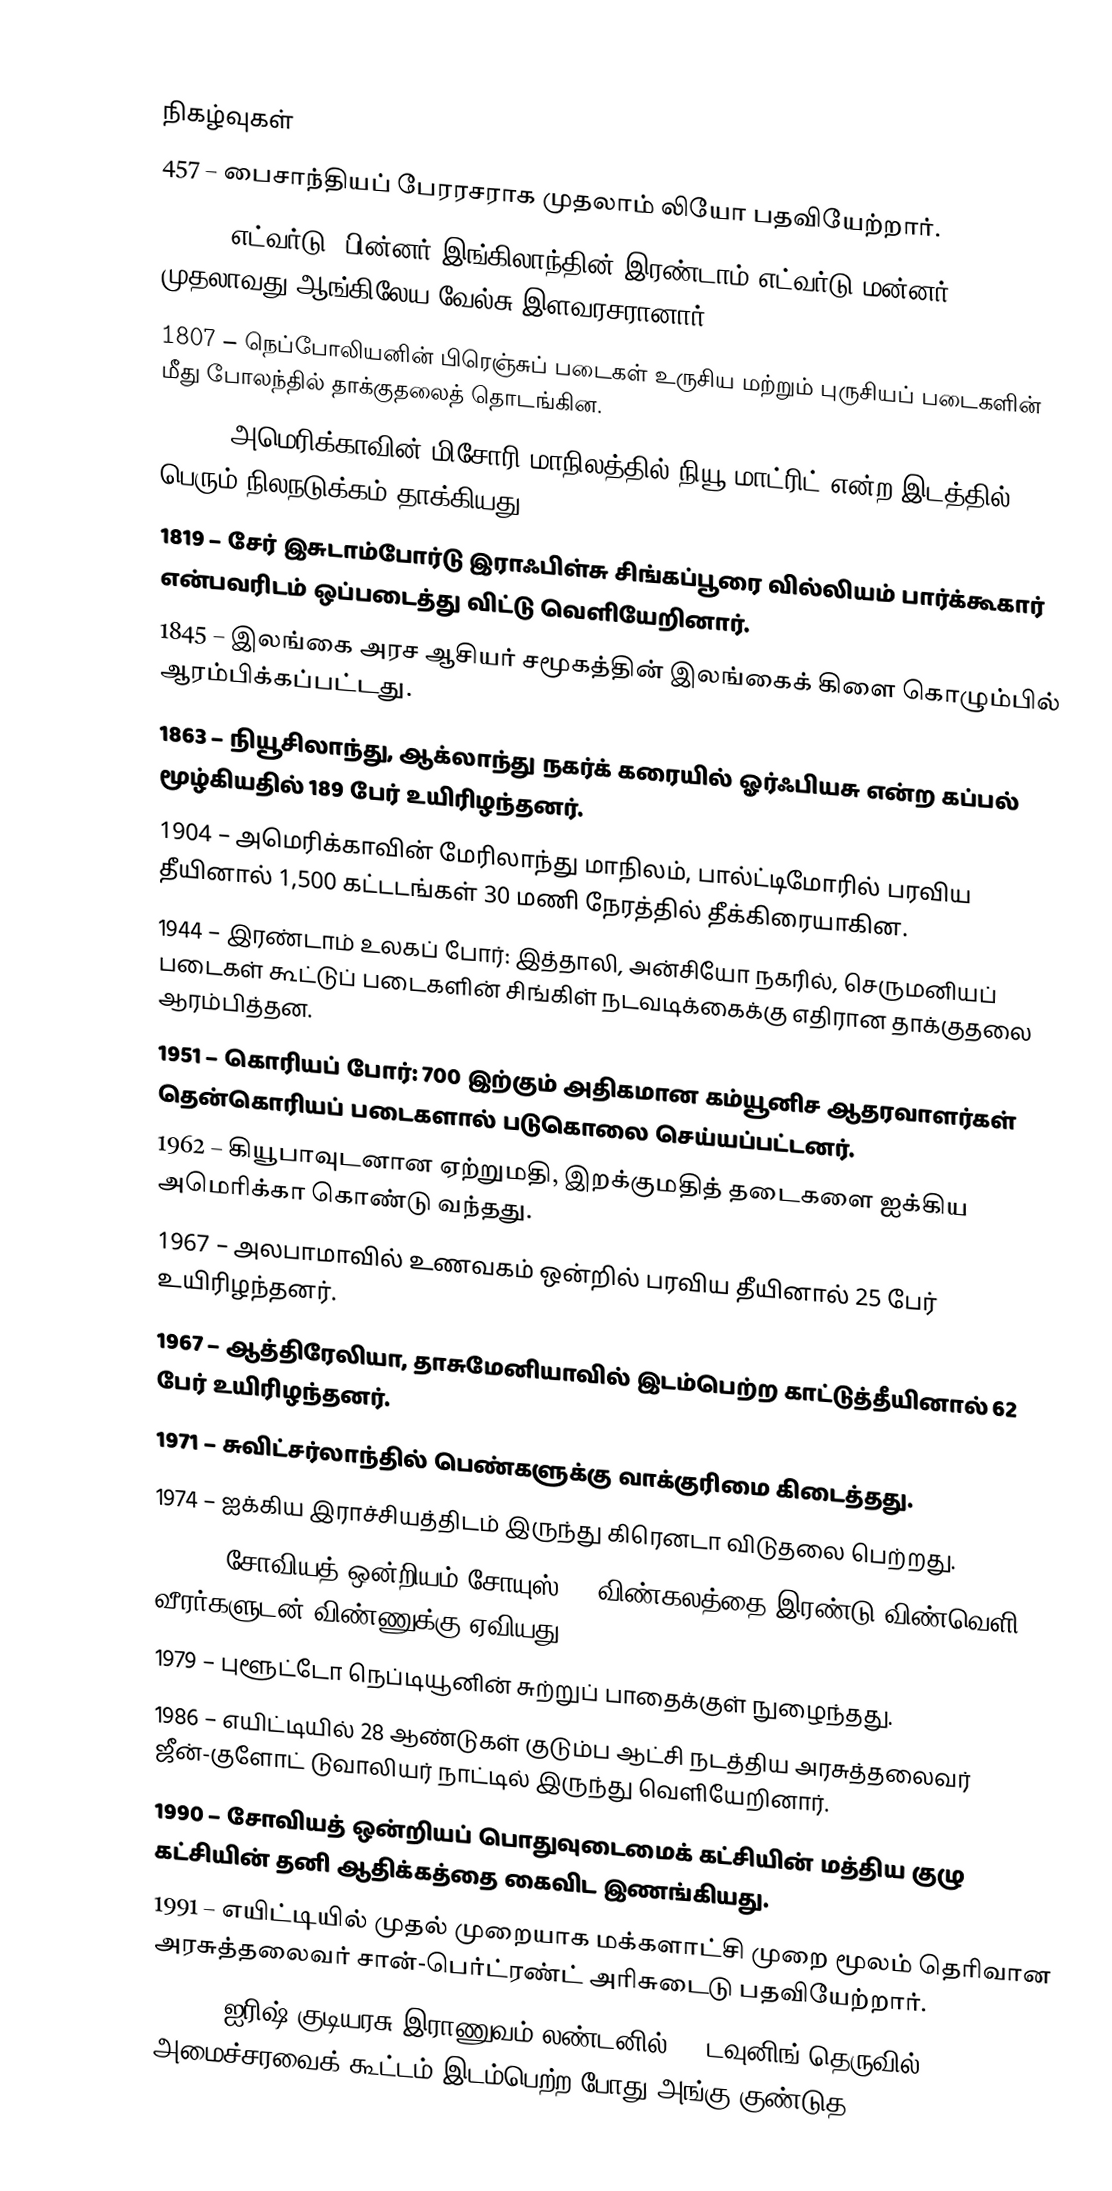

நிகழ்வுகள்
 457 – பைசாந்தியப் பேரரசராக முதலாம் லியோ பதவியேற்றார்.
1301 – எட்வர்டு (பின்னர் இங்கிலாந்தின் இரண்டாம் எட்வர்டு மன்னர்) முதலாவது ஆங்கிலேய வேல்சு இளவரசரானார்.
1807 – நெப்போலியனின் பிரெஞ்சுப் படைகள் உருசிய மற்றும் புருசியப் படைகளின் மீது போலந்தில் தாக்குதலைத் தொடங்கின.
1812 – அமெரிக்காவின் மிசோரி மாநிலத்தில் நியூ மாட்ரிட் என்ற இடத்தில் பெரும் நிலநடுக்கம் தாக்கியது.
1819 – சேர் இசுடாம்போர்டு இராஃபிள்சு சிங்கப்பூரை வில்லியம் பார்க்கூகார் என்பவரிடம் ஒப்படைத்து விட்டு வெளியேறினார்.
1845 – இலங்கை அரச ஆசியர் சமூகத்தின் இலங்கைக் கிளை கொழும்பில் ஆரம்பிக்கப்பட்டது.
1863 – நியூசிலாந்து, ஆக்லாந்து நகர்க் கரையில் ஓர்ஃபியசு என்ற கப்பல் மூழ்கியதில் 189 பேர் உயிரிழந்தனர்.
1904 – அமெரிக்காவின் மேரிலாந்து மாநிலம், பால்ட்டிமோரில் பரவிய தீயினால் 1,500 கட்டடங்கள் 30 மணி நேரத்தில் தீக்கிரையாகின.
1944 – இரண்டாம் உலகப் போர்: இத்தாலி, அன்சியோ நகரில், செருமனியப் படைகள் கூட்டுப் படைகளின் சிங்கிள் நடவடிக்கைக்கு எதிரான தாக்குதலை ஆரம்பித்தன.
1951 – கொரியப் போர்: 700 இற்கும் அதிகமான கம்யூனிச ஆதரவாளர்கள் தென்கொரியப் படைகளால் படுகொலை செய்யப்பட்டனர்.
1962 – கியூபாவுடனான ஏற்றுமதி, இறக்குமதித் தடைகளை ஐக்கிய அமெரிக்கா கொண்டு வந்தது.
1967 – அலபாமாவில் உணவகம் ஒன்றில் பரவிய தீயினால் 25 பேர் உயிரிழந்தனர்.
1967 – ஆத்திரேலியா, தாசுமேனியாவில் இடம்பெற்ற காட்டுத்தீயினால் 62 பேர் உயிரிழந்தனர்.
1971 – சுவிட்சர்லாந்தில் பெண்களுக்கு வாக்குரிமை கிடைத்தது.
1974 – ஐக்கிய இராச்சியத்திடம் இருந்து கிரெனடா விடுதலை பெற்றது.
1977 – சோவியத் ஒன்றியம் சோயுஸ் 24 விண்கலத்தை இரண்டு விண்வெளி வீரர்களுடன் விண்ணுக்கு ஏவியது.
1979 – புளூட்டோ நெப்டியூனின் சுற்றுப் பாதைக்குள் நுழைந்தது.
1986 – எயிட்டியில் 28 ஆண்டுகள் குடும்ப ஆட்சி நடத்திய அரசுத்தலைவர் ஜீன்-குளோட் டுவாலியர் நாட்டில் இருந்து வெளியேறினார்.
1990 – சோவியத் ஒன்றியப் பொதுவுடைமைக் கட்சியின் மத்திய குழு கட்சியின் தனி ஆதிக்கத்தை கைவிட இணங்கியது.
1991 – எயிட்டியில் முதல் முறையாக மக்களாட்சி முறை மூலம் தெரிவான அரசுத்தலைவர் சான்-பெர்ட்ரண்ட் அரிசுடைடு பதவியேற்றார்.
1991 – ஐரிஷ் குடியரசு இராணுவம் லண்டனில் 10 டவுனிங் தெருவில் அமைச்சரவைக் கூட்டம் இடம்பெற்ற போது அங்கு குண்டுத